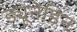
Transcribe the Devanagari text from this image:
ड्यूनेडिन